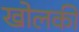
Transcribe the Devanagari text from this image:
खोलकी